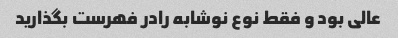
عالی بود و فقط نوع نوشابه رادر فهرست‌ بگذارید